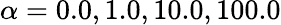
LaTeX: \alpha=0.0,1.0,10.0,100.0